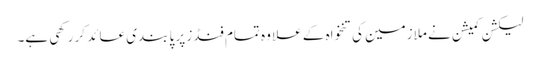
لیکشن کمیشن نے ملازمین کی تنخواہ کے علا وہ تمام فنڈز پر پا بندی عائد کر رکھی ہے۔